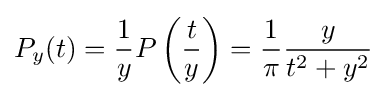
P_{y}(t)={\frac {1}{y}}P\left({\frac {t}{y}}\right)={\frac {1}{\pi }}{\frac {y}{t^{2}+y^{2}}}